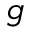
g